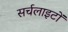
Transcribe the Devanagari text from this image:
सर्चलाइटों